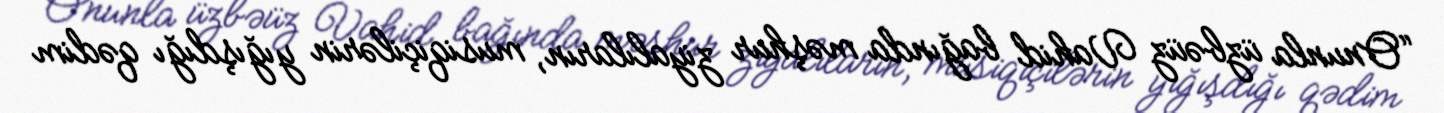
“Onunla üzbəüz Vahid bağında məşhur ziyalıların, musiqiçilərin yığışdığı qədim